Lunatic asylums Bombay report 1878-1890 - 1878-1890
Year: 1878
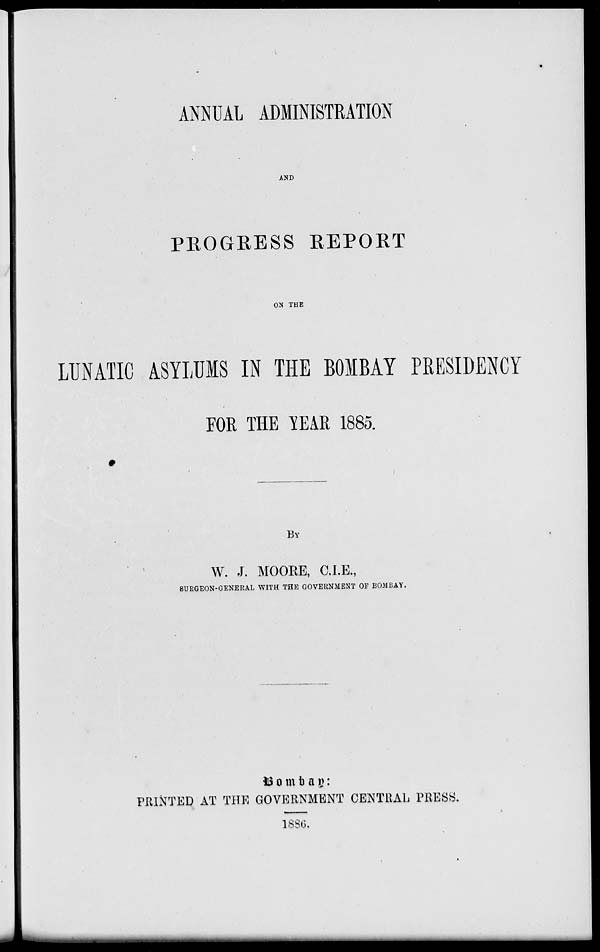
ANNUAL ADMINISTRATION
AND
PROGRESS REPORT
ON THE
LUNATIC ASYLUMS IN THE BOMBAY PRESIDENCY
FOR THE YEAR 1885.
BY
W. J. MOORE, C.I.E.,
SURGEON-GENERAL WITH THE GOVERNMENT OF BOMBAY.
Bombay:
PRINTED AT THE GOVERNMENT CENTRAL PRESS.
1886.